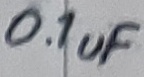
Text: 0.1uF